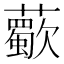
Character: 𧃏